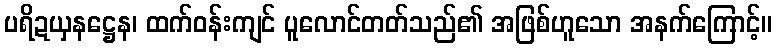
ပရိဍယှနဋ္ဌေန၊ ထက်ဝန်းကျင် ပူလောင်တတ်သည်၏ အဖြစ်ဟူသော အနက်ကြောင့်။